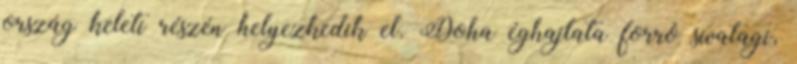
ország keleti részén helyezkedik el. Doha éghajlata forró sivatagi,